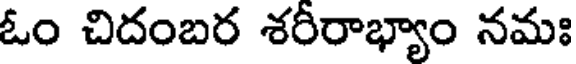
ఓం చిదంబర శరీరాభ్యాం నమః